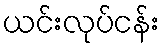
ယင်းလုပ်ငန်း